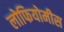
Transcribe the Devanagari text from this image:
लोफियोमीस